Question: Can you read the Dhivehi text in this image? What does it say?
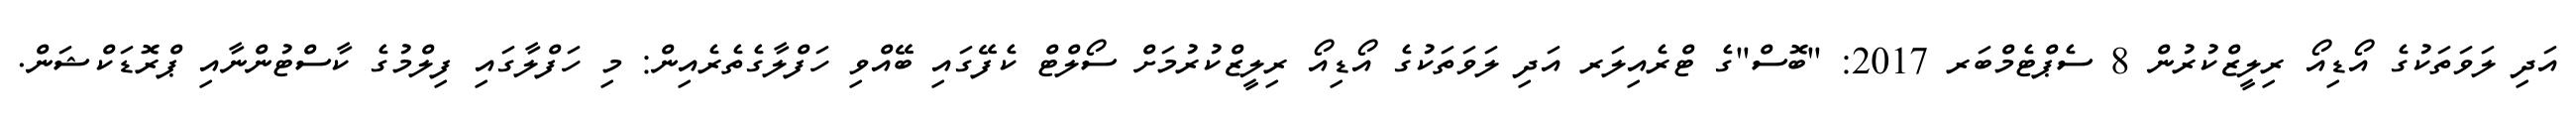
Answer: އަދި ލަވަތަކުގެ އޯޑިއޯ ރިލީޒްކުރުން 8 ސެޕްޓެމްބަރ 2017: "ބޮސް"ގެ ޓްރެއިލަރ އަދި ލަވަތަކުގެ އޯޑިއޯ ރިލީޒްކުރުމަށް ސޯލްޓް ކެފޭގައި ބޭއްވި ހަފްލާގެތެރެއިން: މި ހަފްލާގައި ފިލްމުގެ ކާސްޓުންނާއި ޕްރޮޑަކްޝަން.